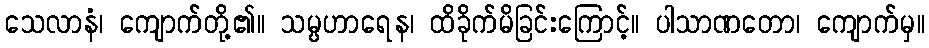
သေလာနံ၊ ကျောက်တို့၏။ သမ္ပဟာရေန၊ ထိခိုက်မိခြင်းကြောင့်။ ပါသာဏတော၊ ကျောက်မှ။